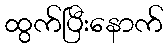
ထွက်ပြီးနောက်